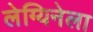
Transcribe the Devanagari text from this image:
लेग्यिनेला